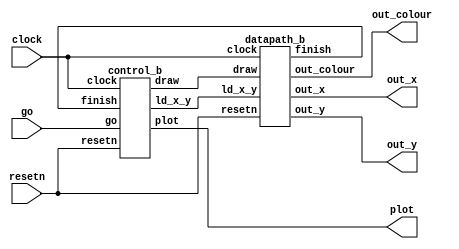
module draw_black (clock, resetn, go, out_x, out_y, out_colour, plot);
	input clock, resetn, go;
//	input [6:0] in_x;
//	input [6:0] in_y;
//	input [2:0] colour;
	output [6:0] out_x;
	output [6:0] out_y;
	output [2:0] out_colour;
	output plot;
	
	wire ld_x_y, finish, draw;
	
	// Instansiate datapath
	datapath_b d0(
		.resetn(resetn),
		.clock(clock),
//		.in_x(in_x),
//		.in_y(in_y),
//		.colour(colour),
		
		.ld_x_y(ld_x_y),
		.draw(draw),
		
		.out_x(out_x),
		.out_y(out_y),
		.finish(finish),
		.out_colour(out_colour)
	);

    // Instansiate FSM control
   control_b c0(
		.clock(clock),
		.resetn(resetn),
		.go(go),
		.finish(finish),
		
		.ld_x_y(ld_x_y),
		.draw(draw),
		.plot(plot)
		);
	
endmodule

module datapath_b(resetn, clock, ld_x_y, draw, out_x, out_y, out_colour, finish);
//	input [6:0] in_x;
//	input [6:0] in_y;
//	input [2:0] colour;
	input resetn, clock;
	input ld_x_y, draw;
	
	output  [6:0] out_x;
	output  [6:0] out_y;
	output reg [2:0] out_colour;
	output finish;
	
	reg [6:0] x;
	reg [6:0] y;
	reg [6:0] q_x, q_y;
	reg [1:0] times;
	wire signal_y;
	
	always @(posedge clock)
	begin: load
		if (!resetn) begin
			x <= 0;
			y <= 0;
			out_colour = 3'b111;
			end
		else 
			begin
				if (ld_x_y) begin
					x <= 7'd0;
					y <= 7'd0;
					out_colour = 3'b000; //TODO: check if this is black
					end
			end
	end

	always @(posedge clock)
	begin: x_counter
		if (! resetn) begin
			q_x <= 7'd0;
			end
		else if (draw)
			begin
				if (q_x == 7'd79) begin
					q_x <= 0;
					end
				else
					q_x <= q_x + 1'b1;
			end
	end
	
	assign signal_y = (q_x == 7'd79) ? 1: 0;

	always @(posedge clock)
	begin: y_counter
		if (! resetn) begin
			q_y <= 7'd0;
			times <= 2'b00;
			end
		else if (signal_y)
			begin
				if (q_y == 7'd109) begin
					q_y <= 0;
					times <= times + 1'b1;
					end
				else
					q_y <= q_y + 1'b1;
			end
	end
	
	assign finish = (q_y == 7'd109 & times == 2'b10) ? 1 : 0;
	
	assign out_x = x + q_x;
	assign out_y = y + q_y;
	
endmodule

module control_b(clock, resetn, go, finish, ld_x_y, draw, plot);
	input resetn, clock, go, finish;
	output reg ld_x_y, draw, plot;

	reg [1:0] current_state, next_state;
	
	localparam Start = 2'd0,
					Load_x_y = 2'd1,
					Draw = 2'd2;

	always @(*)
	begin: state_table
		case (current_state)
			Start: next_state = go ? Load_x_y : Start;
			Load_x_y: next_state = Draw;
			Draw: next_state = finish ? Start : Draw;
			default: next_state = Start;
		endcase
	end
	
	always @(*)
	begin: signals
		ld_x_y = 1'b0;
		draw = 1'b0;
		plot = 1'b0;
		
		case (current_state)
		Load_x_y: begin 
			ld_x_y = 1'b1;
			end
		Draw: begin
			draw = 1'b1;
			plot = 1'b1;
			end
		endcase
	end
	
always@(posedge clock)
    begin: state_FFs
        if(!resetn)
            current_state <= Start;
        else
            current_state <= next_state;
    end // state_FFS
endmodule